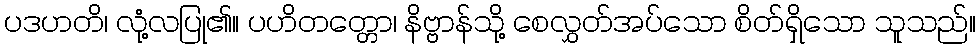
ပဒဟတိ၊ လုံ့လပြု၏။ ပဟိတတ္တော၊ နိဗ္ဗာန်သို့ စေလွှတ်အပ်သော စိတ်ရှိသော သူသည်။